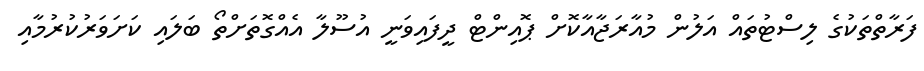
ފަރާތްތަކުގެ ލިސްޓުތައް އަލުން މުއާރަޖާއާކޮށް ޕޮއިންޓް ދީފައިވަނީ އުސޫލާ އެއްގޮތަށްތޯ ބަލައި ކަށަވަރުކުރުމާއި